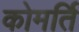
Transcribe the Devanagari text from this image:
कोमर्ति